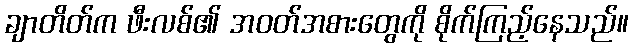
ချာတိတ်က ဖီးလစ်၏ အဝတ်အစားတွေကို စိုက်ကြည့်နေသည်။